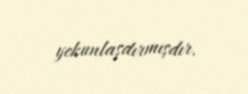
yekunlaşdırmışdır.